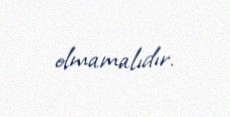
olmamalıdır.